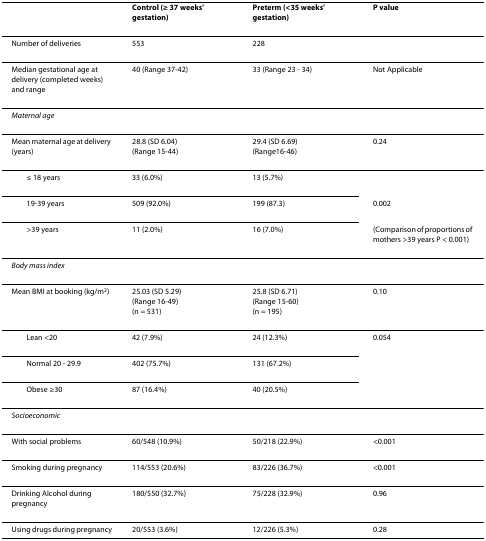
|  | Control (≥ 37 weeks' gestation) | Preterm (<35 weeks' gestation) | P value |
 | --- | --- | --- | --- |
 | Number of deliveries | 553 | 228 |  |
 | Median gestational age at delivery (completed weeks) and range | 40 (Range 37-42) | 33 (Range 23 - 34) | Not Applicable |
 | Maternal age |  |  |  |
 | Mean maternal age at delivery (years) | 28.8 (SD 6.04)(Range 15-44) | 29.4 (SD 6.69)(Range16-46) | 0.24 |
 | ≤ 18 years | 33 (6.0%) | 13 (5.7%) |  |
 | 19-39 years | 509 (92.0%) | 199 (87.3) | 0.002 |
 | >39 years | 11 (2.0%) | 16 (7.0%) | (Comparison of proportions of mothers >39 years P < 0.001) |
 | Body mass index |  |  |  |
 | Mean BMI at booking (kg/m2) | 25.03 (SD 5.29)(Range 16-49)(n = 531) | 25.8 (SD 6.71)(Range 15-60)(n = 195) | 0.10 |
 | Lean <20 | 42 (7.9%) | 24 (12.3%) | 0.054 |
 | Normal 20 - 29.9 | 402 (75.7%) | 131 (67.2%) |  |
 | Obese ≥30 | 87 (16.4%) | 40 (20.5%) |  |
 | Socioeconomic |  |  |  |
 | With social problems | 60/548 (10.9%) | 50/218 (22.9%) | <0.001 |
 | Smoking during pregnancy | 114/553 (20.6%) | 83/226 (36.7%) | <0.001 |
 | Drinking Alcohol during pregnancy | 180/550 (32.7%) | 75/228 (32.9%) | 0.96 |
 | Using drugs during pregnancy | 20/553 (3.6%) | 12/226 (5.3%) | 0.28 |